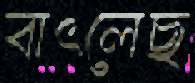
বাৎলেছ